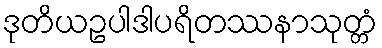
ဒုတိယဥပါဒါပရိတဿနာသုတ္တံ